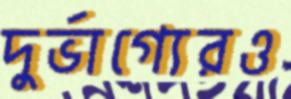
দুর্ভাগ্যেরও